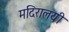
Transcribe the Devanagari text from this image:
मदिरालयी